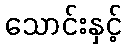
သောင်းနှင့်